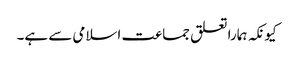
کیونکہ ہمارا تعلق جماعت اسلامی سے ہے۔